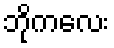
ဘိုကလေး